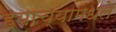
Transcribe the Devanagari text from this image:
ह्याच्यामधले